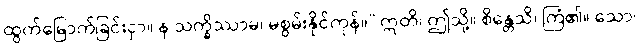
ထွက်မြောက်ခြင်းငှာ။ န သက္ခိဿာမ၊ မစွမ်းနိုင်ကုန်။” ဣတိ၊ ဤသို့။ စိန္တေသိ၊ ကြံ၏။ သော၊